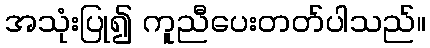
အသုံးပြု၍ ကူညီပေးတတ်ပါသည်။